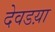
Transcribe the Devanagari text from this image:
देवडय़ा